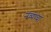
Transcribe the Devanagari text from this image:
नव्यांचा